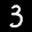
Label: 3